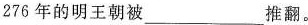
276年的明王朝被___推翻。